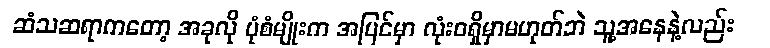
ဆံသဆရာကတော့ အခုလို ပုံစံမျိုးက အပြင်မှာ လုံးဝရှိမှာမဟုတ်ဘဲ သူ့အနေနဲ့လည်း